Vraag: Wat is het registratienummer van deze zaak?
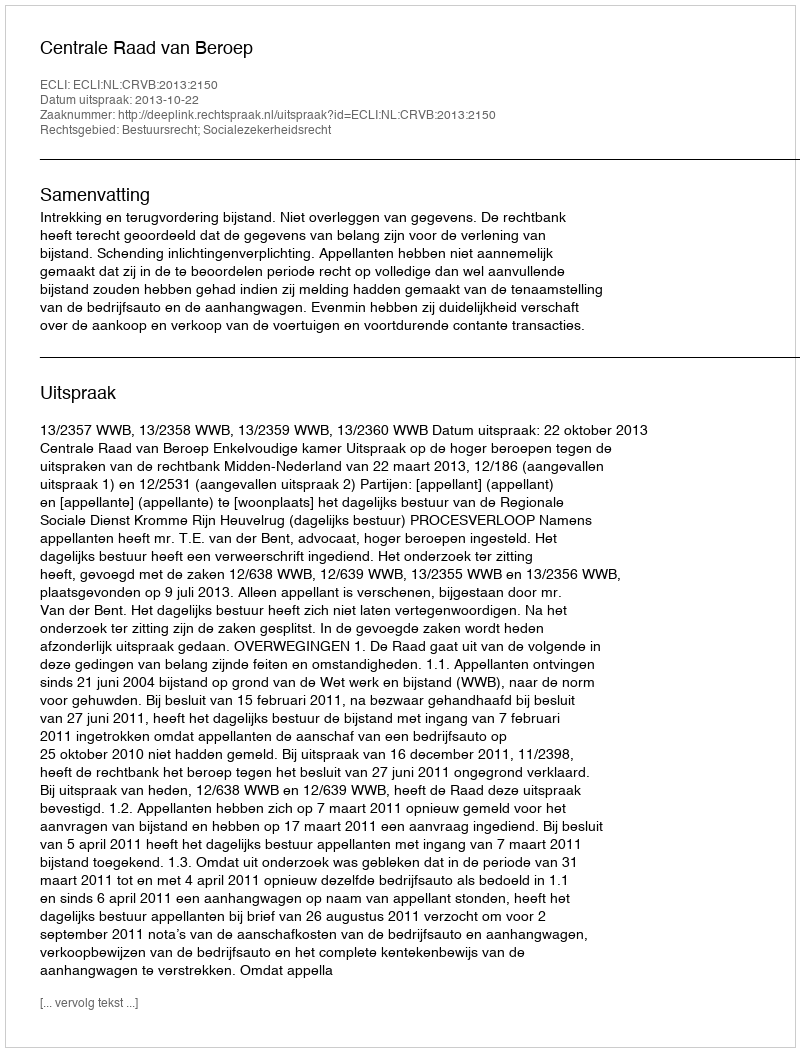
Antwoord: http://deeplink.rechtspraak.nl/uitspraak?id=ECLI:NL:CRVB:2013:2150